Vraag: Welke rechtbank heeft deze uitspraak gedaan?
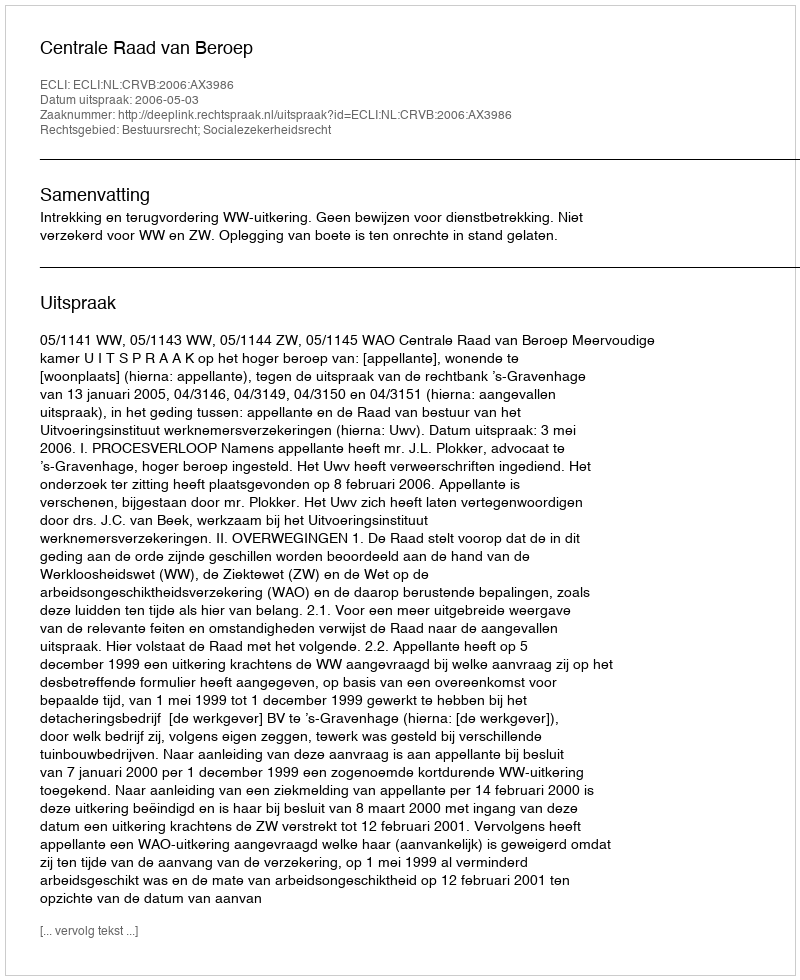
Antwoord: Centrale Raad van Beroep